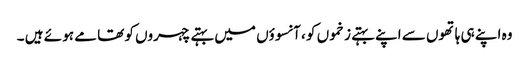
وہ اپنے ہی ہاتھوں سے اپنے بہتے زخموں کو ، آنسوؤں میں بہتے چہروں کو تھا مے ہو ئے ہیں ۔